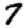
Digit: 7